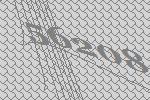
56208